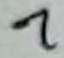
Text: 7